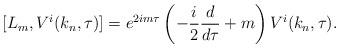
LaTeX: \begin{align*}[L_m,V^i(k_n,\tau)] = e^{2im\tau}\left ( -\frac{i}{2}\frac{d}{d\tau} +m \right)V^i(k_n,\tau).\end{align*}